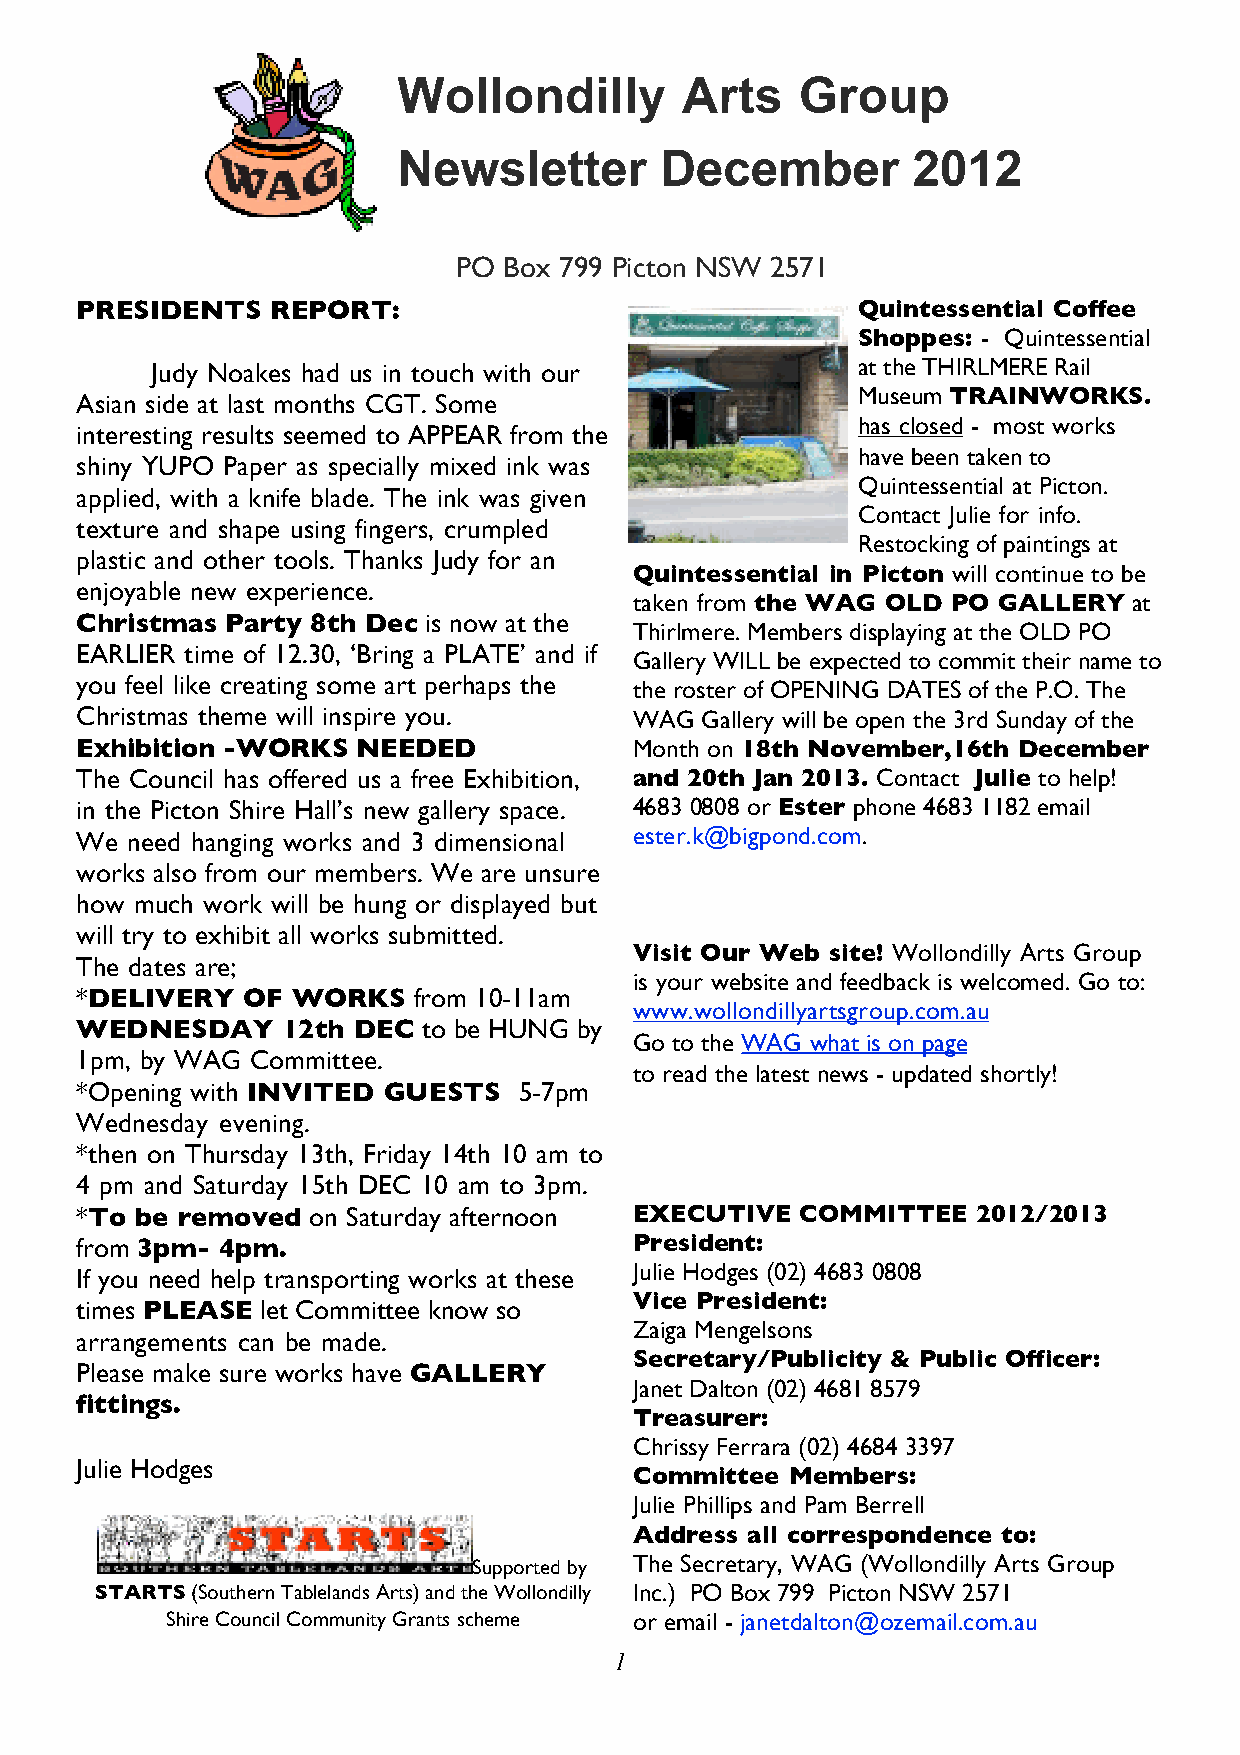
Wollondilly        Arts    Group
 Newsletter        December        2012
 PO Box 799 Picton NSW 2571
 PRESIDENTS   REPORT:                                Quintessential Coffee
 Shoppes: - Quintessential
 Judy Noakes had us in touch with our           at the THIRLMERE Rail
 Museum TRAINWORKS.
 Asian side at last months CGT. Some
 has closed - most works
 interesting results seemed to APPEAR from the
 have been taken to
 shiny YUPO Paper as specially mixed ink was
 Quintessential at Picton.
 applied, with a knife blade. The ink was given
 Contact Julie for info.
 texture and shape using fingers, crumpled
 Restocking of paintings at
 plastic and other tools. Thanks Judy for an
 Quintessential in Picton will continue to be
 enjoyable new experience.
 taken from the WAG OLD PO GALLERY at
 Christmas Party 8th Dec is now at the
 Thirlmere. Members displaying at the OLD PO
 EARLIER time of 12.30, ‘Bring a PLATE’ and if
 Gallery WILL be expected to commit their name to
 you feel like creating some art perhaps the the roster of OPENING DATES of the P.O. The
 Christmas theme will inspire you.    WAG Gallery will be open the 3rd Sunday of the
 Exhibition -WORKS  NEEDED            Month on 18th November,16th December
 The Council has offered us a free Exhibition, and 20th Jan 2013. Contact Julie to help!
 in the Picton Shire Hall’s new gallery space. 4683 0808 or Ester phone 4683 1182 email
 We need hanging works and 3 dimensional ester.k@bigpond.com.
 works also from our members. We are unsure
 how much work will be hung or displayed but
 will try to exhibit all works submitted.
 Visit Our Web site! Wollondilly Arts Group
 The dates are;
 is your website and feedback is welcomed. Go to:
 *DELIVERY  OF WORKS   from 10-11am
 www.wollondillyartsgroup.com.au
 WEDNESDAY     12th DEC to be HUNG by
 Go to the WAG what is on page
 1pm, by WAG Committee.
 to read the latest news - updated shortly!
 *Opening with INVITED GUESTS 5-7pm
 Wednesday evening.
 *then on Thursday 13th, Friday 14th 10 am to
 4 pm and Saturday 15th DEC 10 am to 3pm.
 *To be removed on Saturday afternoon EXECUTIVE  COMMITTEE   2012/2013
 from 3pm- 4pm.                       President:
 Julie Hodges (02) 4683 0808
 If you need help transporting works at these
 Vice President:
 times PLEASE let Committee know so
 Zaiga Mengelsons
 arrangements can be made.
 Secretary/Publicity & Public Officer:
 Please make sure works have GALLERY
 Janet Dalton (02) 4681 8579
 fittings.
 Treasurer:
 Chrissy Ferrara (02) 4684 3397
 Julie Hodges
 Committee Members:
 Julie Phillips and Pam Berrell
 Address all correspondence to:
 Supported by The Secretary, WAG (Wollondilly Arts Group
 STARTS (Southern Tablelands Arts) and the Wollondilly Inc.) PO Box 799 Picton NSW 2571
 Shire Council Community Grants scheme or email - janetdalton@ozemail.com.au
 1